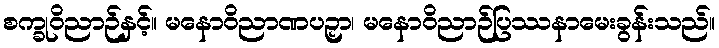
စက္ခုဝိညာဉ်နှင့်။ မနောဝိညာဏပဉှာ၊ မနောဝိညာဉ်ပြဿနာမေးခွန်းသည်။